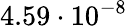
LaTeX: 4.59\cdot 10^{-8}